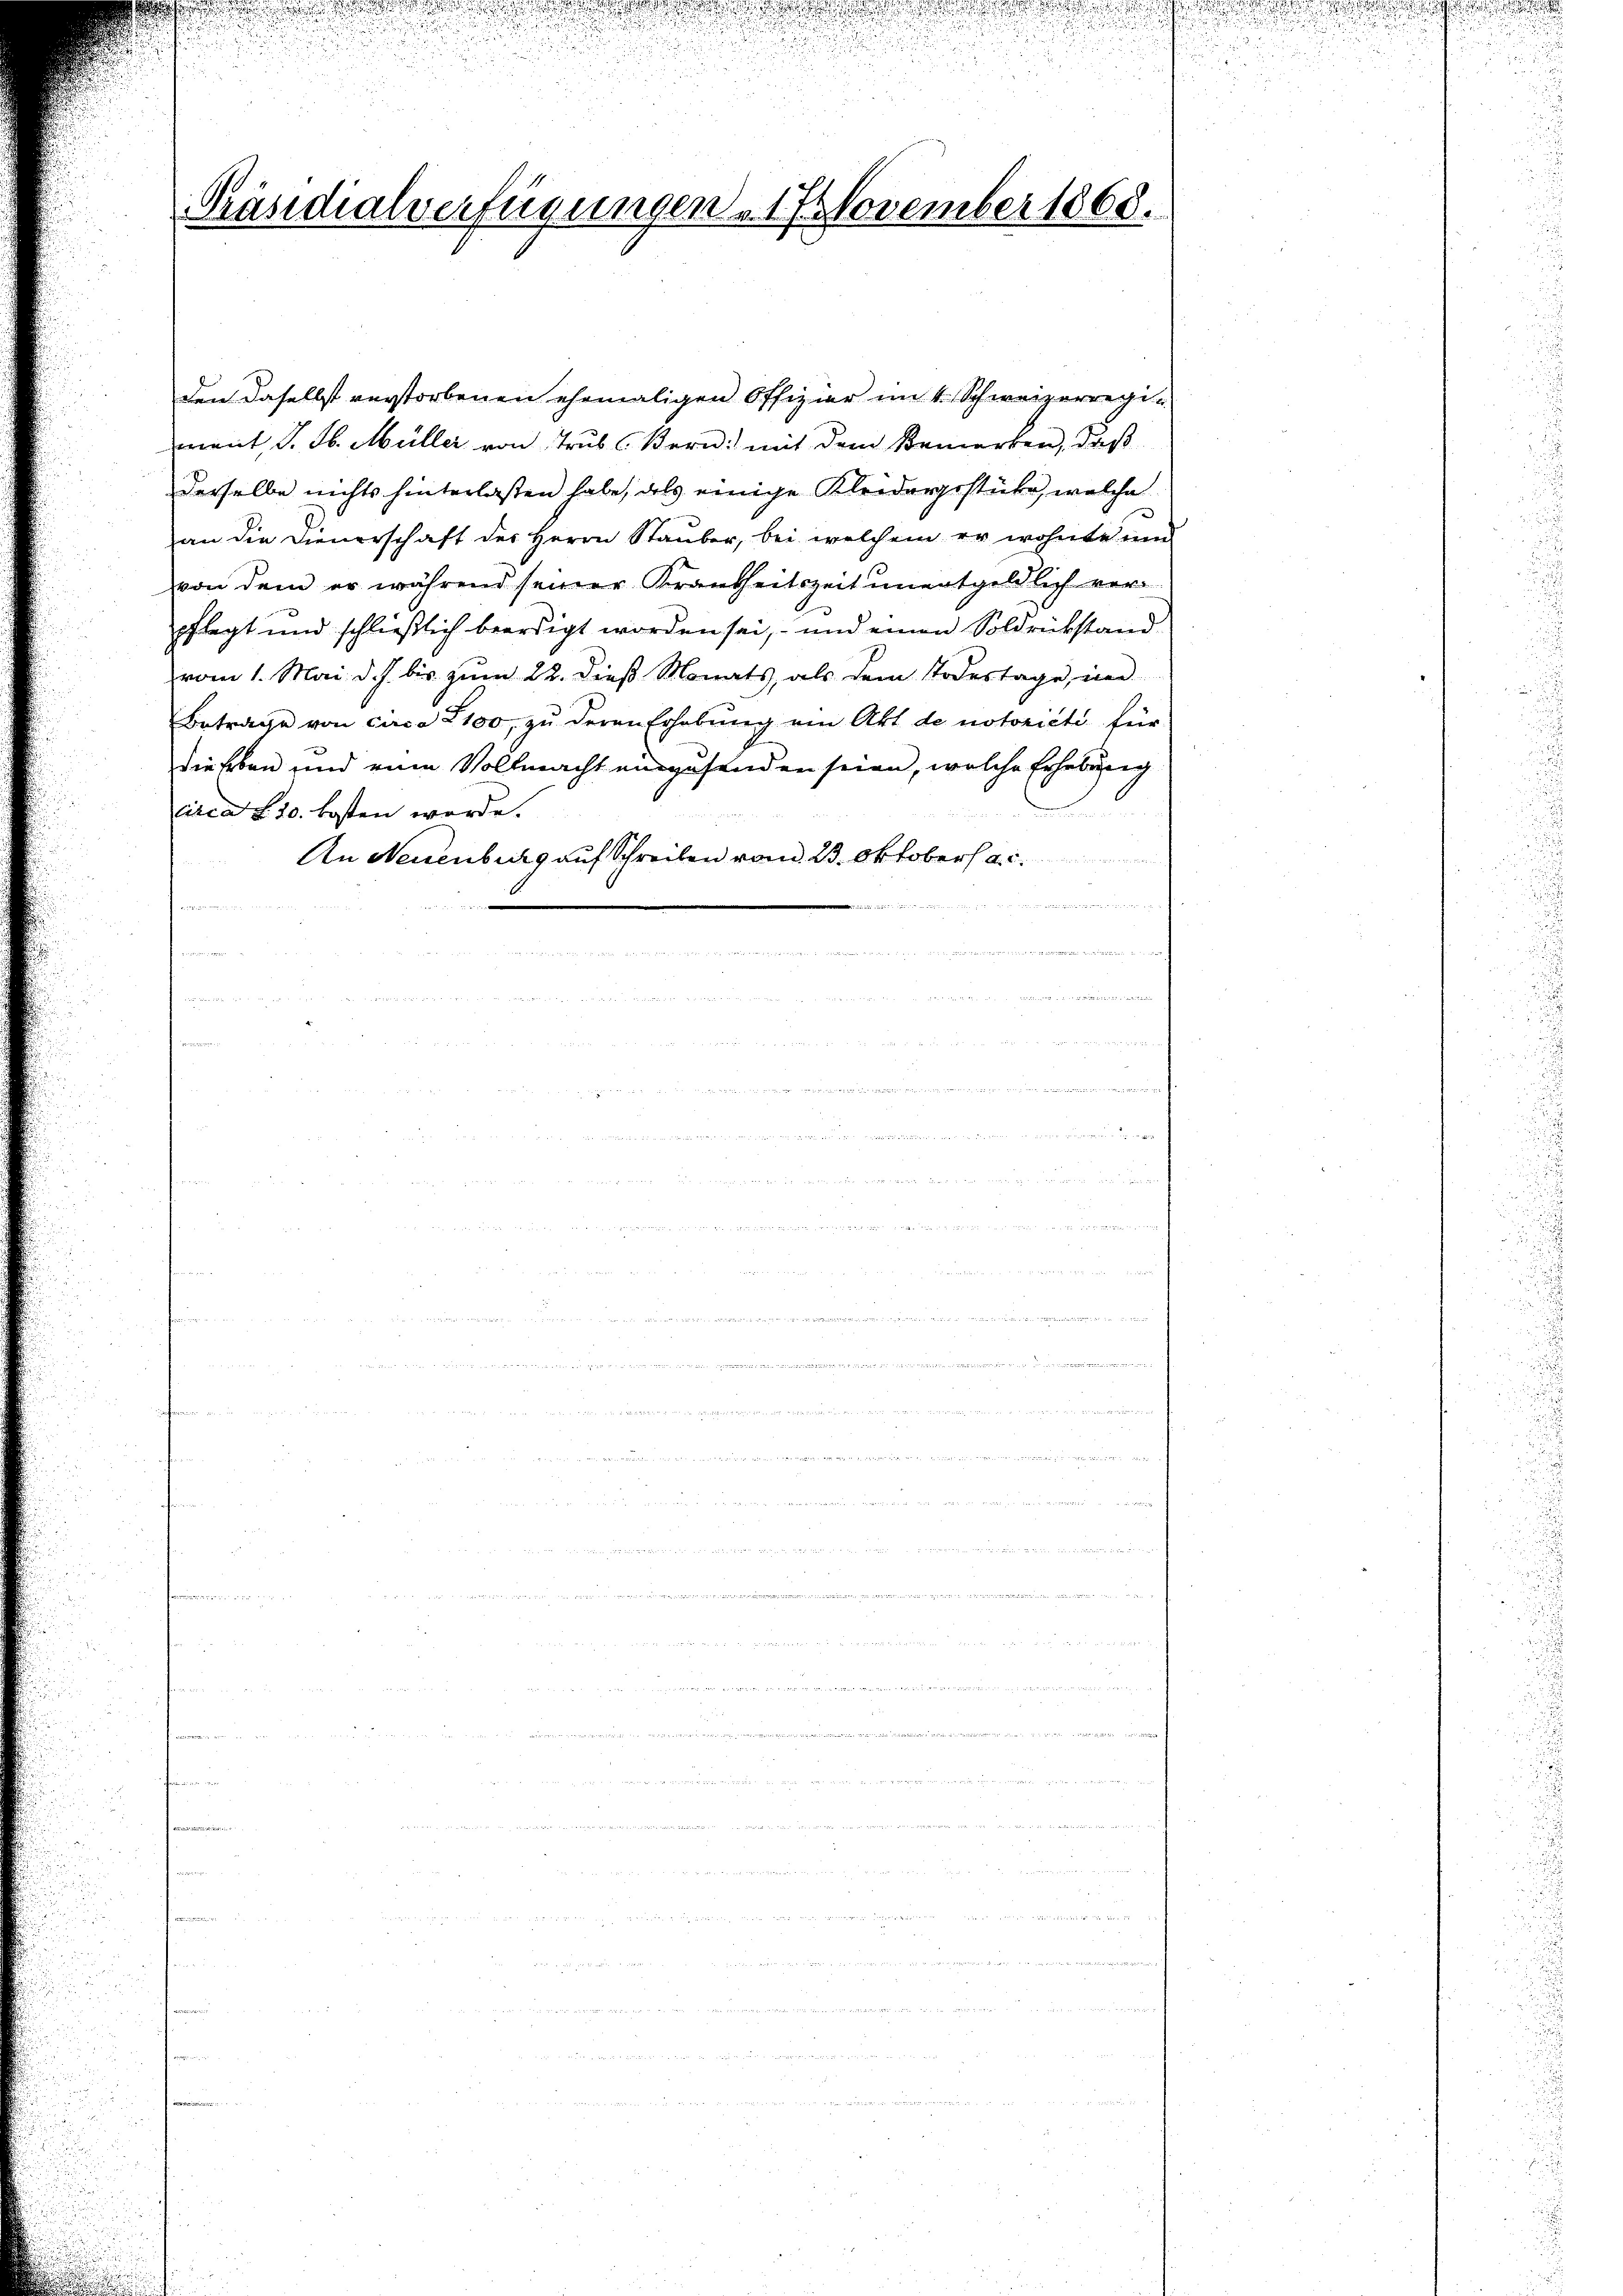
Präsidialverfügungen. 17. November 1860.

den daselbst verstorbenen ehemaligen Offizier mit Schweizerregiment J. H. Müller von Trub (Bern mit dem Bemerken, daß
derselbe nichts hinterlassen habe, als einige Kleidergestücke, welche
an die Dienerschaft des Herrn Stauber, bei welchem er wohnte um
von dem er während seiner Krankheitszeit unentgeldlich verpflegt und schließlich beerdigt worden sei, - und einen Soldrückstand
vom 1. Mai d. J. bis zum 22. dieß Monats, als dem Todestage, in
Betrage von circa 100, zu deren Erhebung am Akt de notoricti für
dieseben und eine Vollmacht einzusenden seien, welche Erhebung
circa 830. kosten werde.
An Neuenbecks auf Schreiben vom 23. Oktober a. c.
 mee
e
t
gegen

.

2